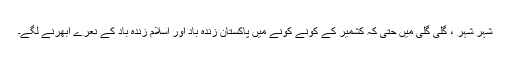
شہر شہر ، گلی گلی میں حتیٰ کہ کشمیر کے کونے کونے میں پاکستان زندہ باد اور اسلام زندہ باد کے نعرے اُبھرنے لگے۔